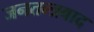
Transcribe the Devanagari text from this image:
जनतन्त्रवाद